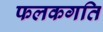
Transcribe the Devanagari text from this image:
फलकगति